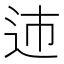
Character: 䢌